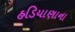
હડિયાણાના